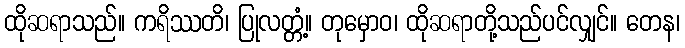
ထိုဆရာသည်။ ကရိဿတိ၊ ပြုလတ္တံ့။ တုမှောဝ၊ ထိုဆရာတို့သည်ပင်လျှင်။ တေန၊